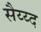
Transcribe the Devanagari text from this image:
सैय्य्द